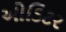
ઓડિટર